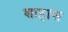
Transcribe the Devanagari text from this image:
शाहास